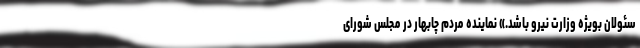
سئولان بویژه وزارت نیرو باشد.» نماینده مردم چابهار در مجلس شورای